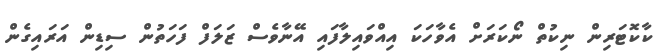
ކާކޮޓަރިން ނިކުތް ނޯކަރަށް އެވާހަކަ އިއްވައިލާފައި އޭނާވެސް ޒަލަފް ފަހަތުން ސިޑިން އަރައިގެން